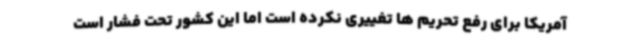
آمریکا برای رفع تحریم ها تغییری نکرده است اما این کشور تحت فشار است